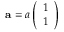
{ \bf a } = a \left( \begin{array} { l } { 1 } \\ { 1 } \end{array} \right)